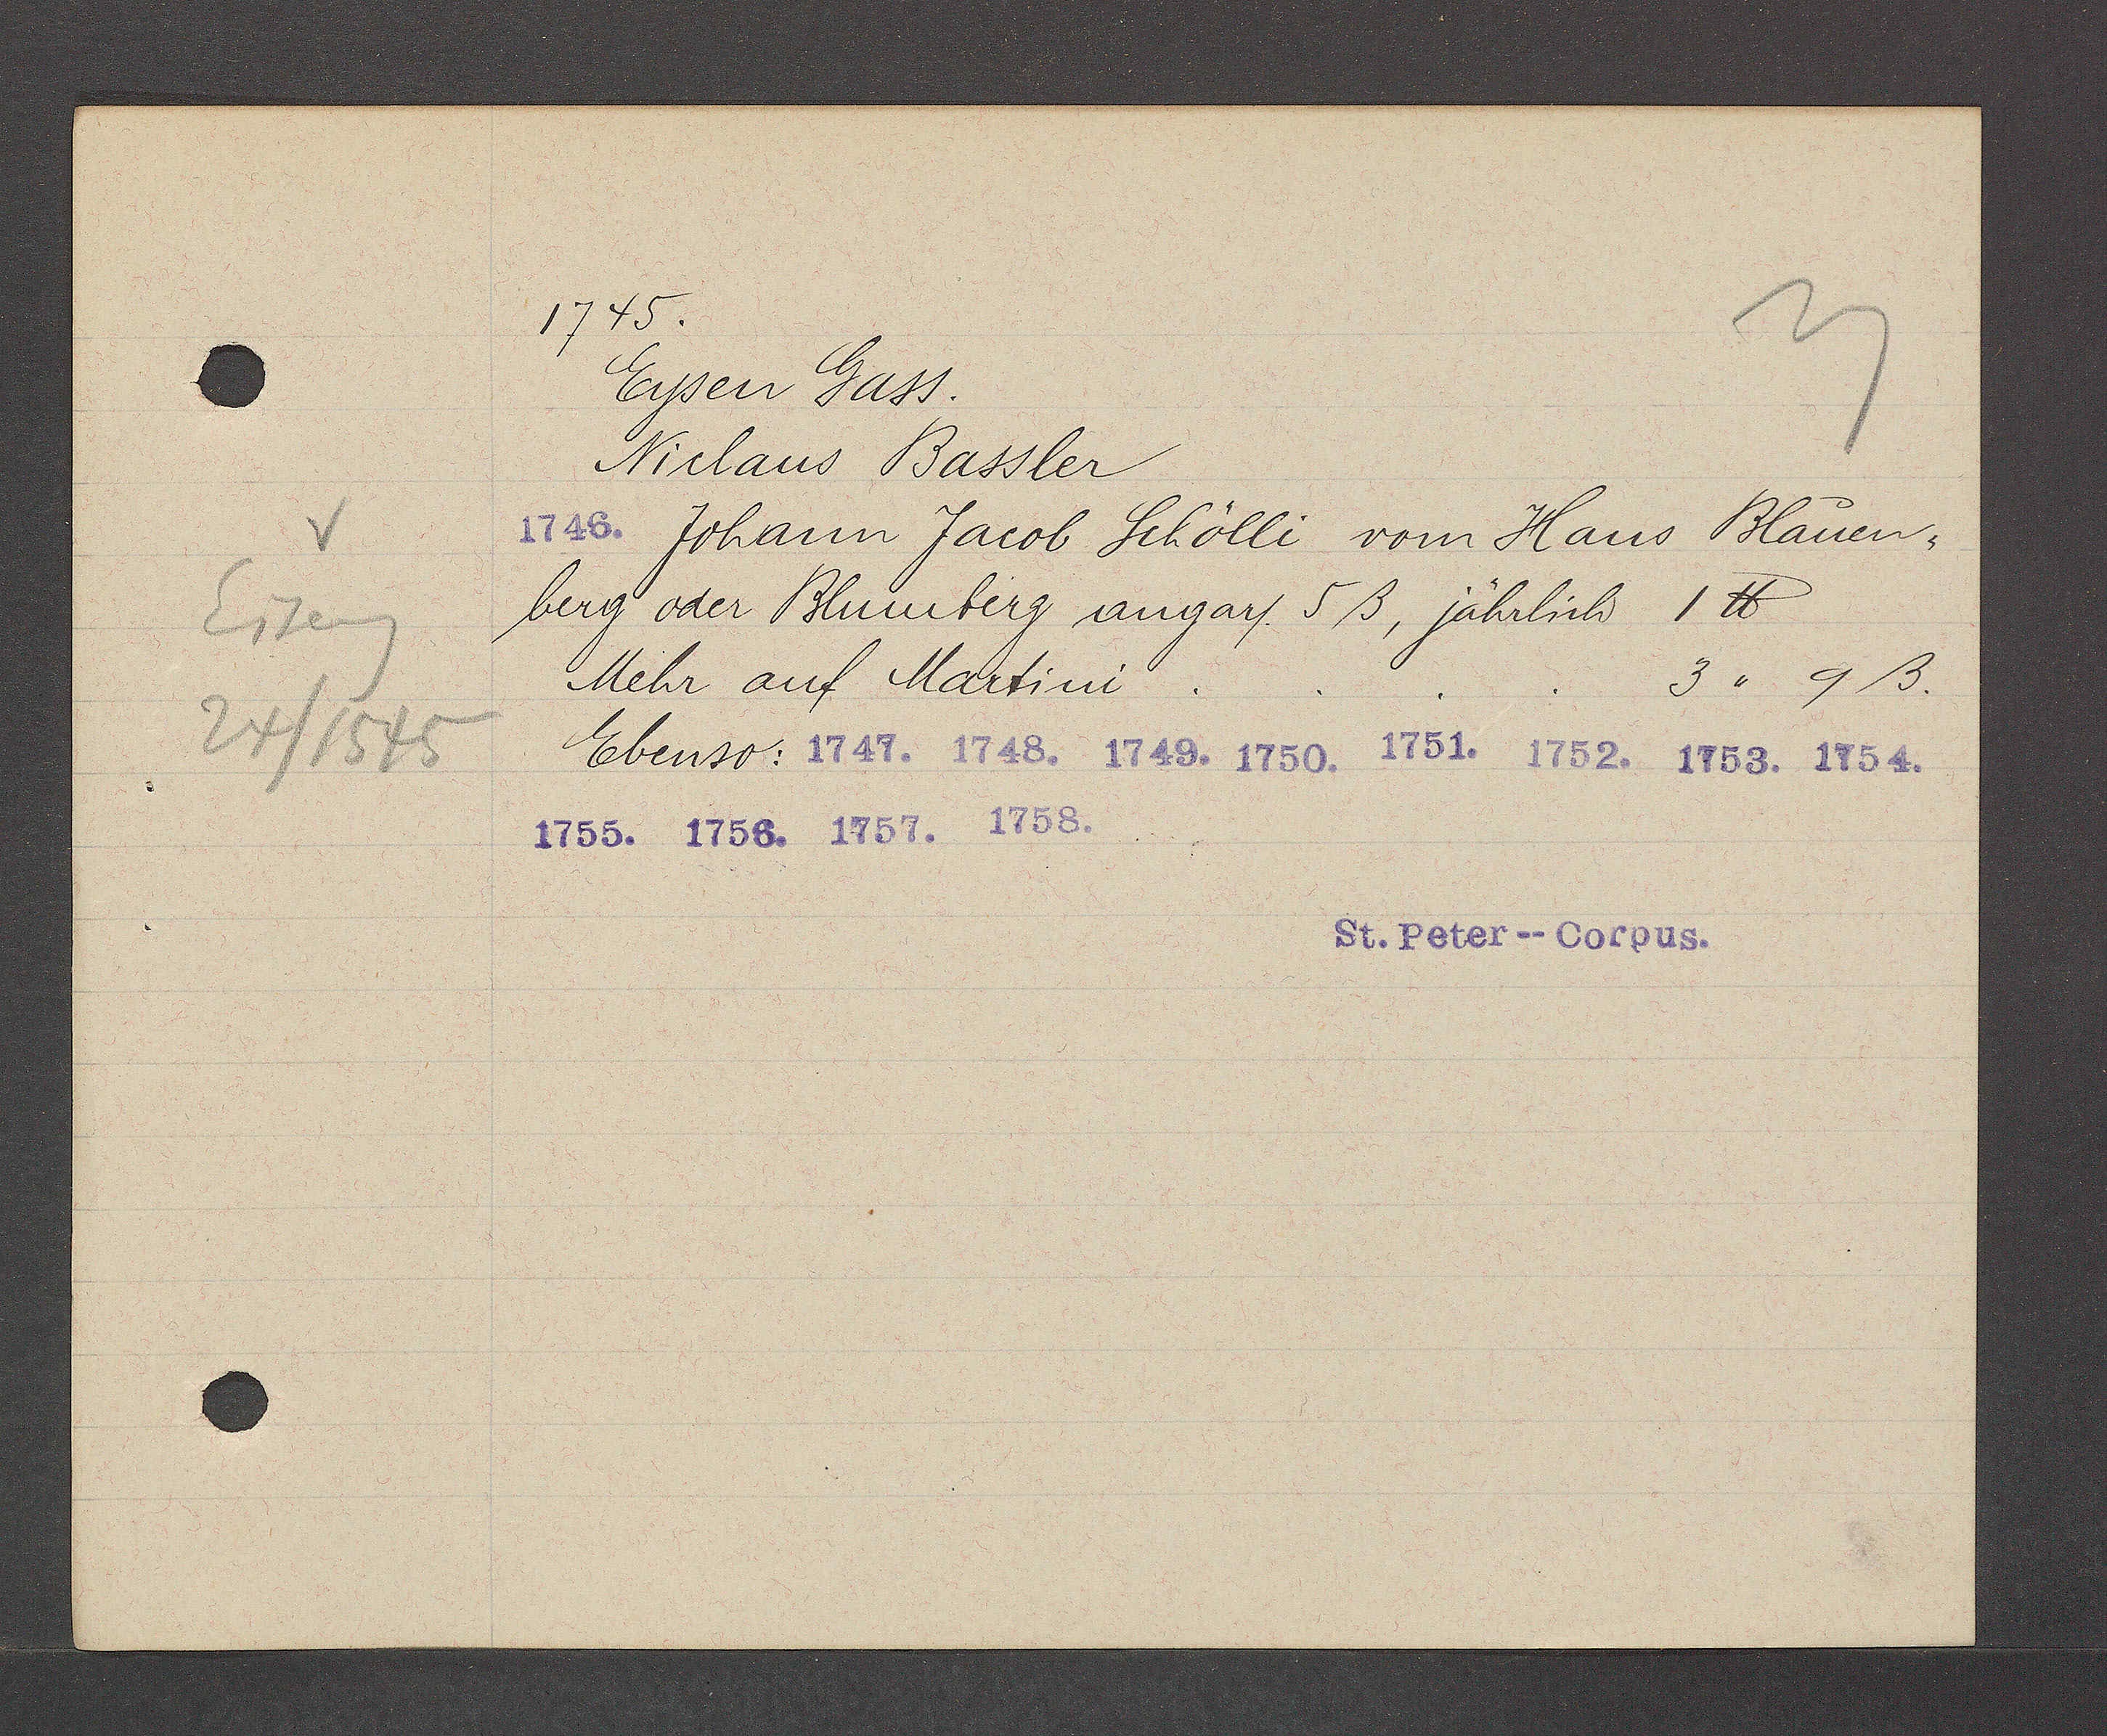
Transcript:
Eiseng
24/1545

1745
Eysen Gaß.
Niclaus Bassler
 Johann Jacob Schölli vom Haus Blauen¬
berg oder Blumberg angar/. 5ß, jährlich 1 ℔
Mehr auf Martini.
3" 9ß.
Ebenso: